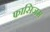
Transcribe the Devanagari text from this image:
फासिजम